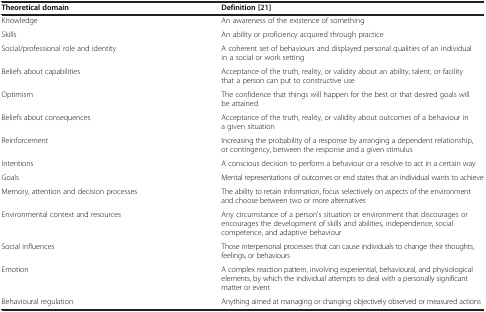
| Theoretical domain | Definition[21] |
 | --- | --- |
 | Knowledge | An awareness of the existence of something |
 | Skills | An ability or proficiency acquired through practice |
 | Social/professional role and identity | A coherent set of behaviours and displayed personal qualities of an individual in a social or work setting |
 | Beliefs about capabilities | Acceptance of the truth, reality, or validity about an ability, talent, or facility that a person can put to constructive use |
 | Optimism | The confidence that things will happen for the best or that desired goals will be attained |
 | Beliefs about consequences | Acceptance of the truth, reality, or validity about outcomes of a behaviour in a given situation |
 | Reinforcement | Increasing the probability of a response by arranging a dependent relationship, or contingency, between the response and a given stimulus |
 | Intentions | A conscious decision to perform a behaviour or a resolve to act in a certain way |
 | Goals | Mental representations of outcomes or end states that an individual wants to achieve |
 | Memory, attention and decision processes | The ability to retain information, focus selectively on aspects of the environment and choose between two or more alternatives |
 | Environmental context and resources | Any circumstance of a person’s situation or environment that discourages or encourages the development of skills and abilities, independence, social competence, and adaptive behaviour |
 | Social influences | Those interpersonal processes that can cause individuals to change their thoughts, feelings, or behaviours |
 | Emotion | A complex reaction pattern, involving experiential, behavioural, and physiological elements, by which the individual attempts to deal with a personally significant matter or event |
 | Behavioural regulation | Anything aimed at managing or changing objectively observed or measured actions |